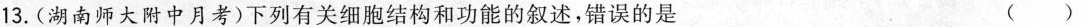
13.(湖南师大附中月考)下列有关细胞结构和功能的叙述，错误的是 ( )